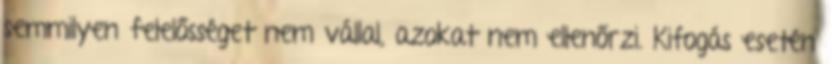
semmilyen felelősséget nem vállal, azokat nem ellenőrzi. Kifogás esetén